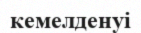
кемелденуі